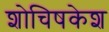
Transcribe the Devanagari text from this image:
शोचिषकेश